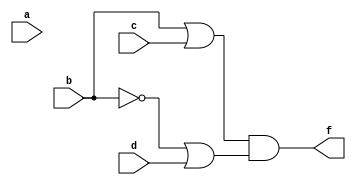
module exercise2a(f, a, b, c, d);
input a, b, c, d;
output f;
assign f = (b | c) & ((~b) | d);
endmodule